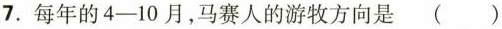
7 每年的4-10月，马赛人的游牧方向是 ( )